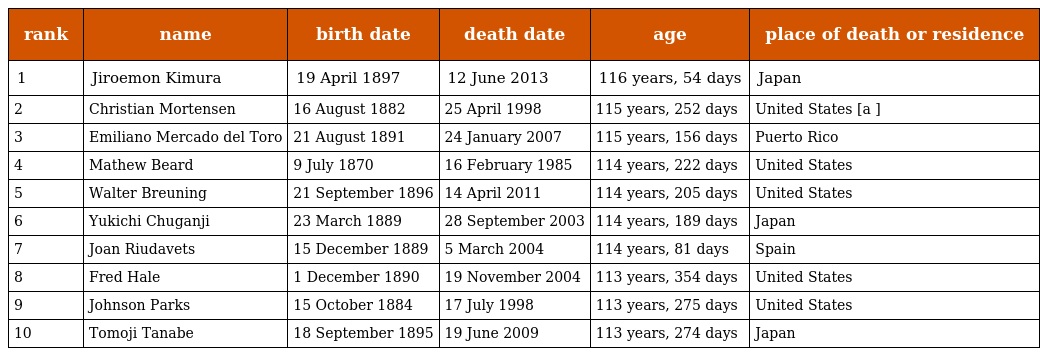
| rank | name | birth date | death date | age | place of death or residence |
 | --- | --- | --- | --- | --- | --- |
 | 1 | Jiroemon Kimura | 19 April 1897 | 12 June 2013 | 116 years, 54 days | Japan |
 | 2 | Christian Mortensen | 16 August 1882 | 25 April 1998 | 115 years, 252 days | United States [a ] |
 | 3 | Emiliano Mercado del Toro | 21 August 1891 | 24 January 2007 | 115 years, 156 days | Puerto Rico |
 | 4 | Mathew Beard | 9 July 1870 | 16 February 1985 | 114 years, 222 days | United States |
 | 5 | Walter Breuning | 21 September 1896 | 14 April 2011 | 114 years, 205 days | United States |
 | 6 | Yukichi Chuganji | 23 March 1889 | 28 September 2003 | 114 years, 189 days | Japan |
 | 7 | Joan Riudavets | 15 December 1889 | 5 March 2004 | 114 years, 81 days | Spain |
 | 8 | Fred Hale | 1 December 1890 | 19 November 2004 | 113 years, 354 days | United States |
 | 9 | Johnson Parks | 15 October 1884 | 17 July 1998 | 113 years, 275 days | United States |
 | 10 | Tomoji Tanabe | 18 September 1895 | 19 June 2009 | 113 years, 274 days | Japan |